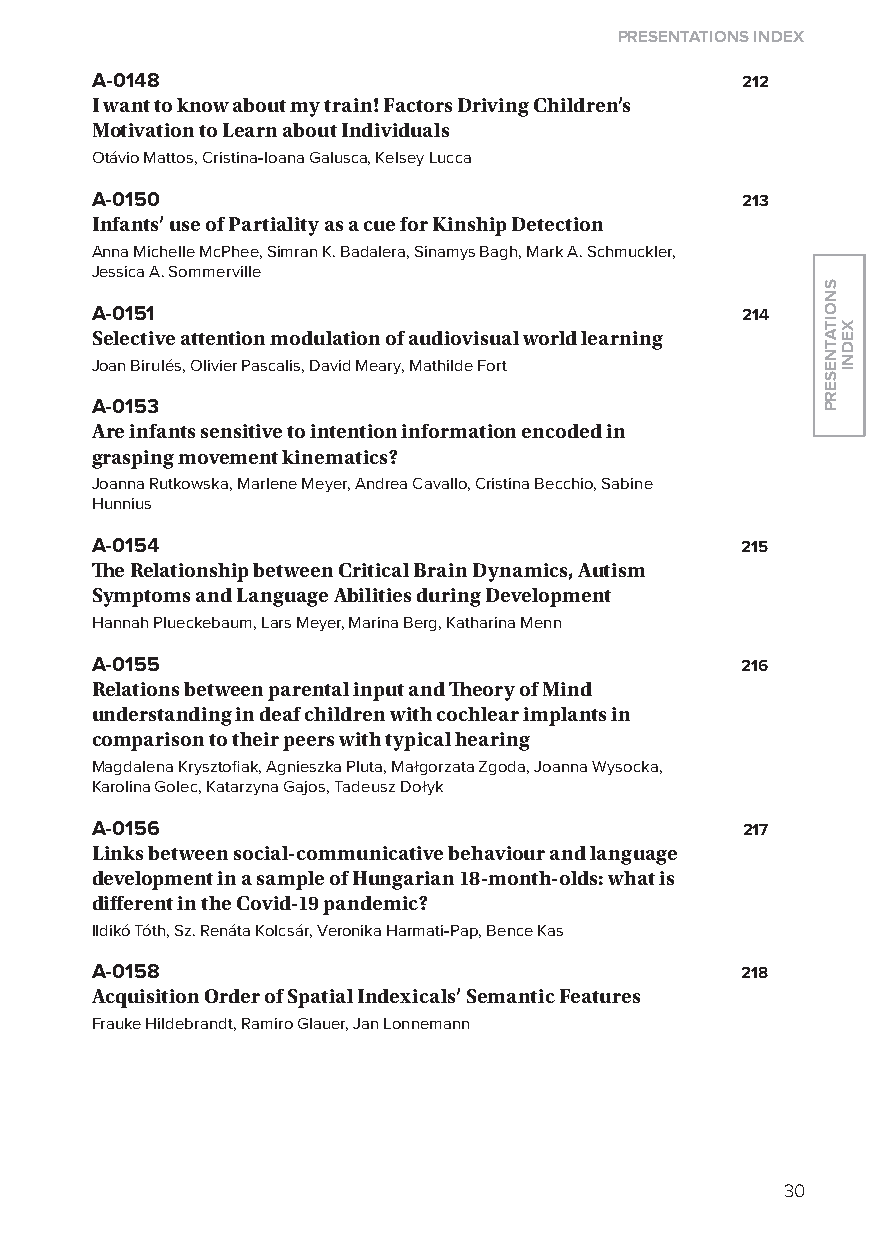
Presentations index
 A-0148                                     212
 i want to know about my train! factors Driving Children’s
 motivation to learn about individuals
 otávio Mattos, Cristina-Ioana Galusca, Kelsey lucca
 A-0150                                     213
 infants’ use of Partiality as a cue for Kinship Detection
 Anna Michelle McPhee, Simran K. Badalera, Sinamys Bagh, Mark A. Schmuckler,
 Jessica A. Sommerville
 A-0151                                     214
 selective attention modulation of audiovisual world learning
 Joan Birulés, olivier Pascalis, David Meary, Mathilde Fort
 A-0153
 are infants sensitive to intention information encoded in
 grasping movement kinematics?
 Joanna Rutkowska, Marlene Meyer, Andrea Cavallo, Cristina Becchio, Sabine
 Hunnius
 A-0154                                     215
 The relationship between Critical Brain Dynamics, autism
 symptoms and language abilities during Development
 Hannah Plueckebaum, lars Meyer, Marina Berg, Katharina Menn
 A-0155                                     216
 relations between parental input and Theory of mind
 understanding in deaf children with cochlear implants in
 comparison to their peers with typical hearing
 Magdalena Krysztofiak, Agnieszka Pluta, Małgorzata Zgoda, Joanna Wysocka,
 Karolina Golec, Katarzyna Gajos, Tadeusz Dołyk
 A-0156                                     217
 links between social-communicative behaviour and language
 development in a sample of hungarian 18-month-olds: what is
 different in the Covid-19 pandemic?
 Ildikó Tóth, Sz. Renáta Kolcsár, Veronika Harmati-Pap, Bence Kas
 A-0158                                     218
 acquisition Order of spatial indexicals’ semantic features
 Frauke Hildebrandt, Ramiro Glauer, Jan lonnemann
 30
 snoitatneserP
 xedni